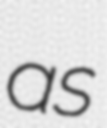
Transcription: as